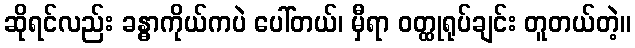
ဆိုရင်လည်း ခန္ဓာကိုယ်ကပဲ ပေါ်တယ်၊ မှီရာ ဝတ္ထုရုပ်ချင်း တူတယ်တဲ့။